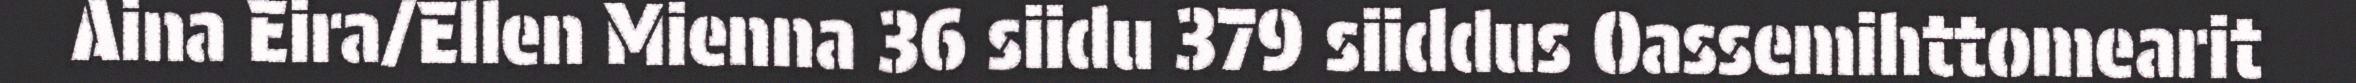
Aina Eira/Ellen Mienna 36 siidu 379 siiddus Oassemihttomearit